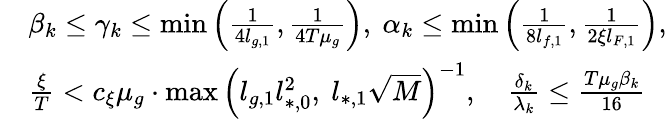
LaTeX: \begin{array}{rl}&{\beta_{k}\le\gamma_{k}\le\operatorname*{min}\left(\frac{1}{4l_{g,1}},\frac{1}{4T\mu_{g}}\right),\ \alpha_{k}\le\operatorname*{min}\left(\frac{1}{8l_{f,1}},\frac{1}{2\xi l_{F,1}}\right),}\\ &{\frac{\xi}{T}<c_{\xi}\mu_{g}\cdot\operatorname*{max}\left(l_{g,1}l_{*,0}^{2},\ l_{*,1}\sqrt{M}\right)^{-1},\quad\frac{\delta_{k}}{\lambda_{k}}\le\frac{T\mu_{g}\beta_{k}}{16}}\end{array}